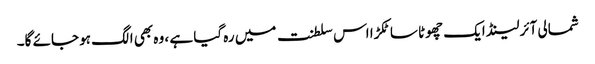
شمالی آئرلینڈ ایک چھوٹا سا ٹکڑا اس سلطنت میں رہ گیا ہے ، وہ بھی الگ ہو جائے گا۔